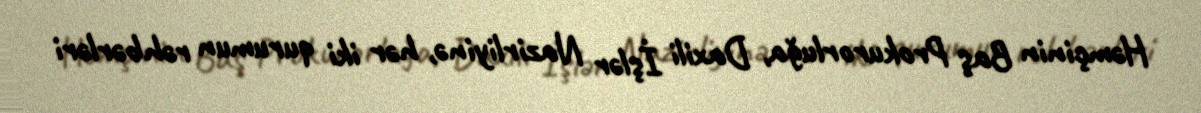
Həmçinin Baş Prokurorluğa, Daxili İşlər Nazirliyinə, hər iki qurumun rəhbərləri